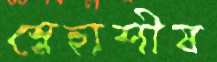
স্নেহাশীষ